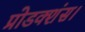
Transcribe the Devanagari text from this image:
प्रोडक्शंस।